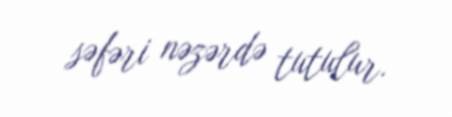
səfəri nəzərdə tutulur.